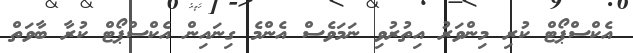
އެކްސްޕޯޓް ކުރި މިންވަރު އިތުރުވި ނަމަވެސް އެންމެ ގިނައިން އެކްސްޕޯޓް ކުރާ ބާވަތް